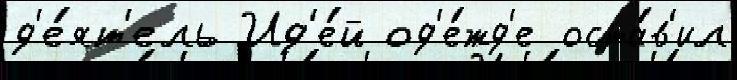
д'е́ят'ель Ид'е́й од'е́жд'е оста́в'ил